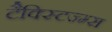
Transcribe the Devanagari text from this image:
टैक्स्टिज्म्स